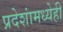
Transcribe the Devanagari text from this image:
प्रदेशांमध्येही